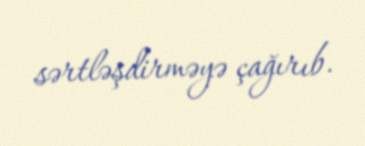
sərtləşdirməyə çağırıb.